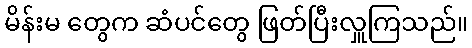
မိန်းမ တွေက ဆံပင်တွေ ဖြတ်ပြီးလှူကြသည်။